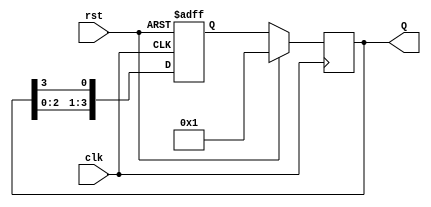
module johnson_counter(
  input wire clk,
  input wire rst,
  output reg [3:0] Q
);

reg [3:0] next_state;

always @(posedge clk or posedge rst) begin
  if (rst) begin
    next_state <= 4'b0001;
  end else begin
    next_state <= {Q[2:0], Q[3]};
  end
end

always @(posedge clk) begin
  if (rst) begin
    Q <= 4'b0001;
  end else begin
    Q <= next_state;
  end
end

endmodule